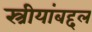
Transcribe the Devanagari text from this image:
स्त्रीयांबद्दल